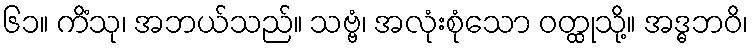
၆၁။ ကိံသု၊ အဘယ်သည်။ သဗ္ဗံ၊ အလုံးစုံသော ဝတ္ထုသို့။ အဒ္ဓဘဝိ၊